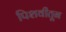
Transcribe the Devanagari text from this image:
पिशवीतून